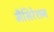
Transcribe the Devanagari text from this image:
मैसिरेशन